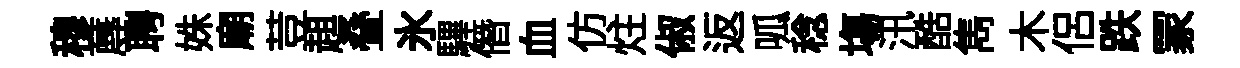
穆蓐聘姝廟荳趄叠氷驆僭血仿炷俶返呱稔塲汛酷雋木侣跌冡